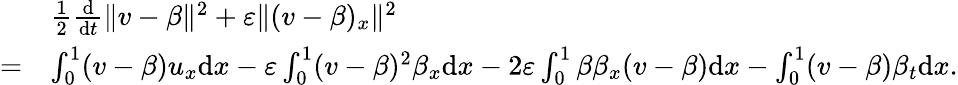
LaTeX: \begin{array}{rl}&{\frac 12\frac{\mathrm{d}}{\mathrm{d}t}\| v-\beta\| ^{2}+\varepsilon\| (v-\beta)_{x}\| ^{2}}\\ {=}&{\int_{0}^{1}(v-\beta)u_{x}\mathrm{d}x-\varepsilon\int_{0}^{1}(v-\beta)^{2}\beta_{x}\mathrm{d}x-2\varepsilon\int_{0}^{1}\beta\beta_{x}(v-\beta)\mathrm{d}x-\int_{0}^{1}(v-\beta)\beta_{t}\mathrm{d}x.}\end{array}